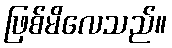
ဖြစ်မိလေသည်။